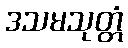
ဒသမသုတ္တံ